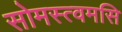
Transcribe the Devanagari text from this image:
सोमस्त्वमसि